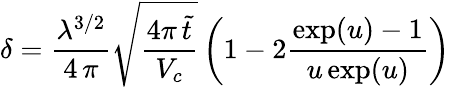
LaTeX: \delta=\frac{\lambda^{3/2}}{4\, \pi}\sqrt{\frac{4\pi\, \tilde{t}}{V_{c}}}\left(1-2\frac{\exp(u)-1}{u\exp(u)}\right)